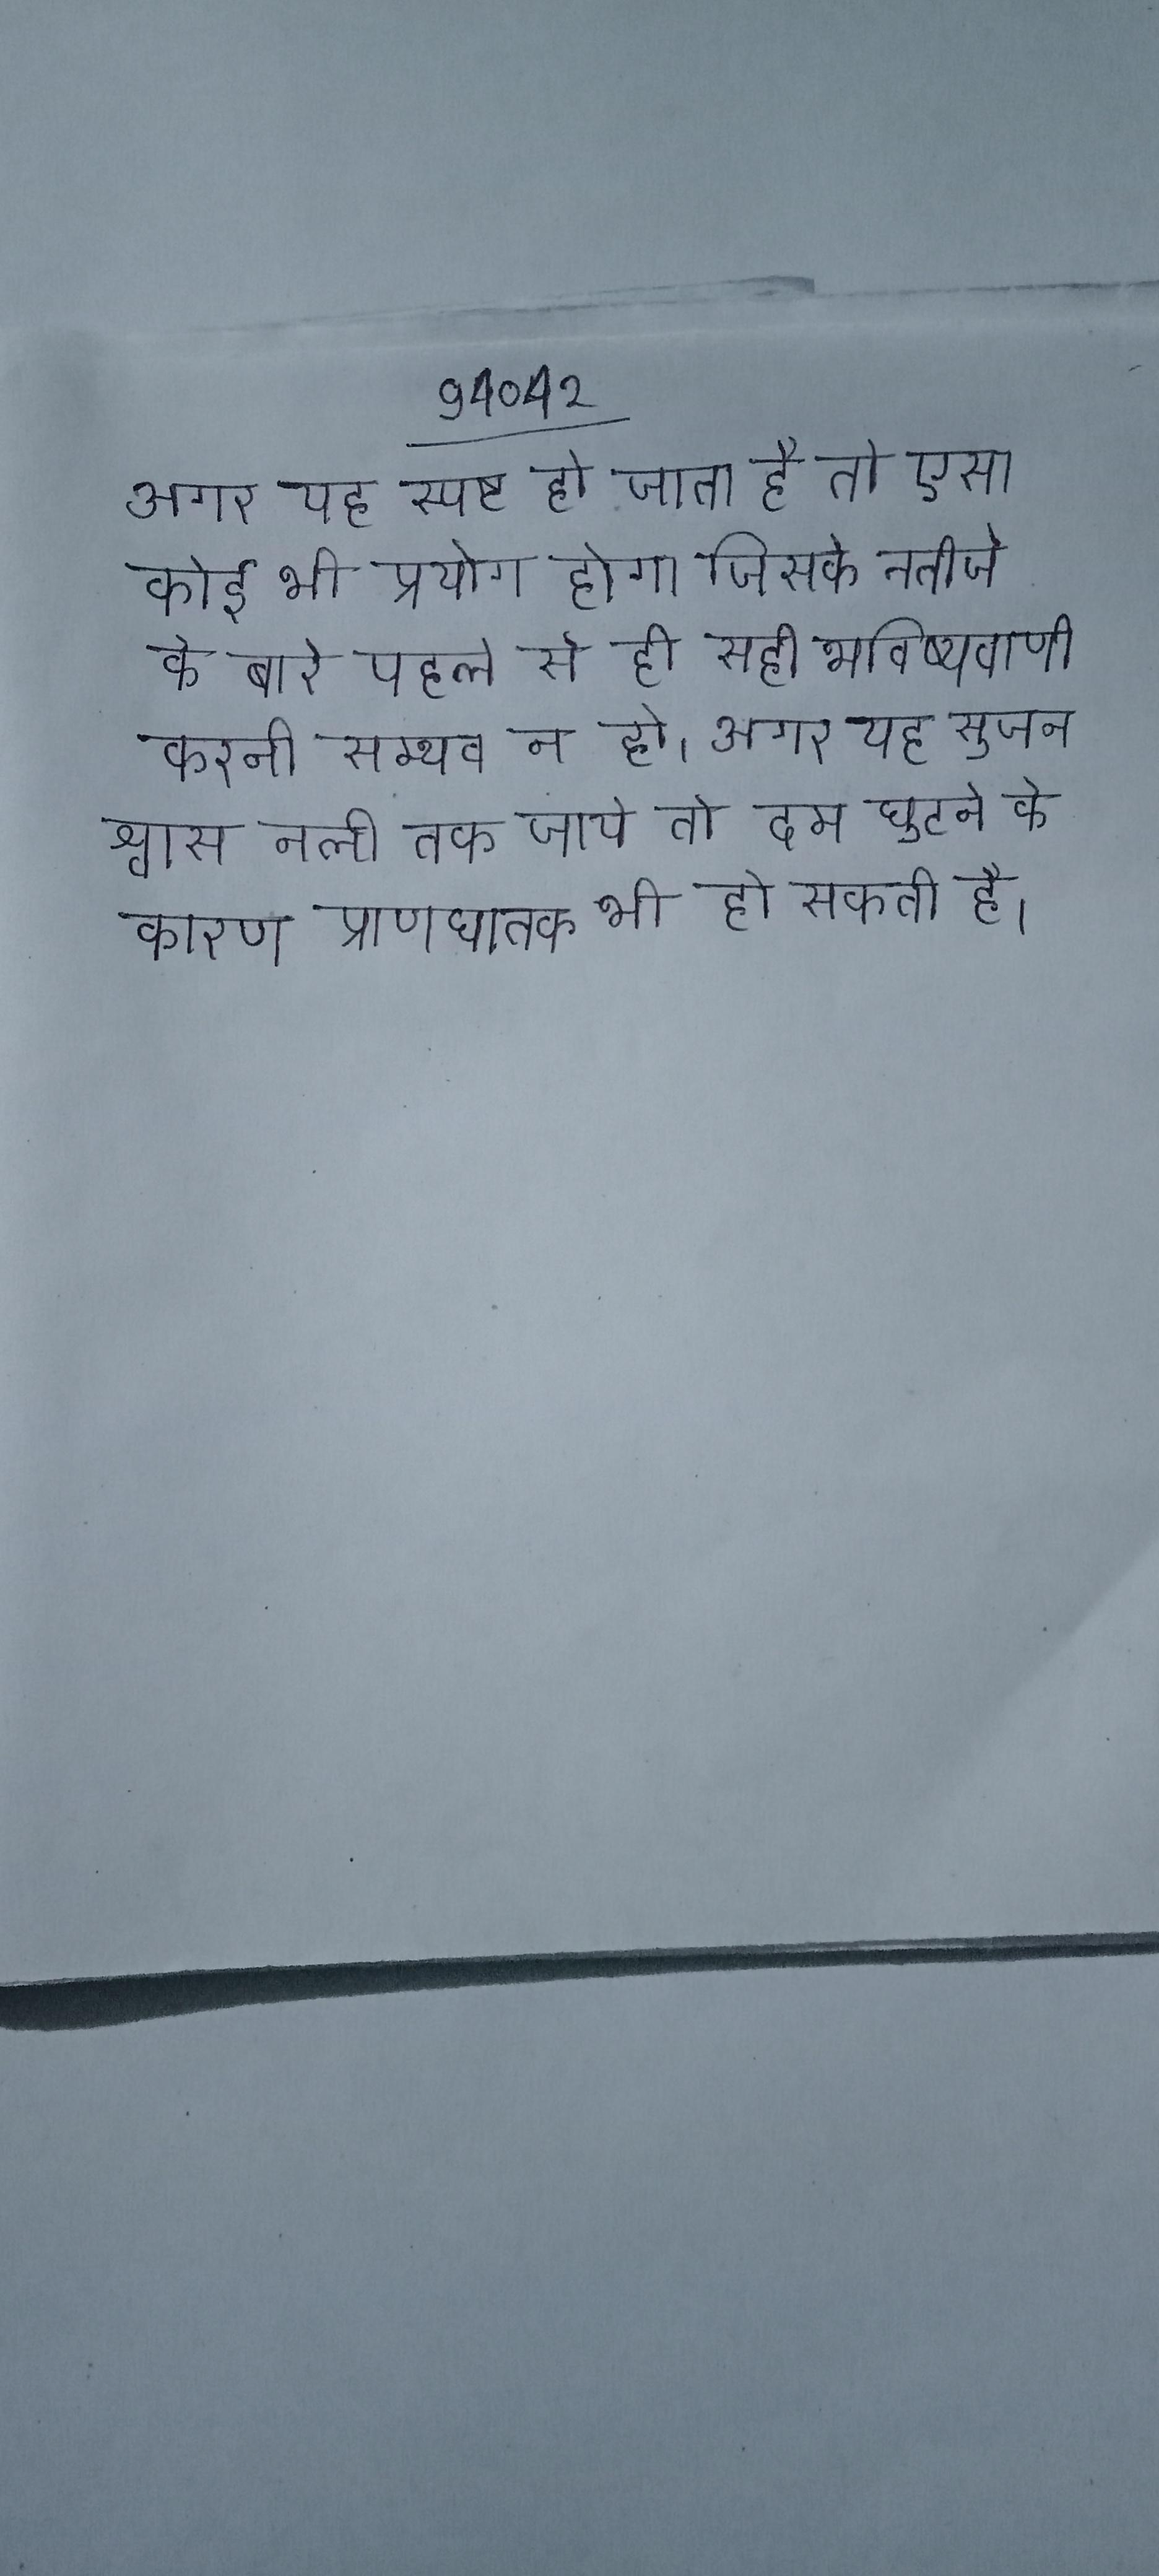
अगर यह स्पष्ट हो जाता है तो ऐसा कोई भी प्रयोग होगा जिसके नतीजे के बारे पहले से ही सही भविष्यवाणी करनी सम्भव न हो । अगर यह सूजन श्वास नली तक जाये तो दम घुटने के कारण प्राणघातक भी हो सकती है ।